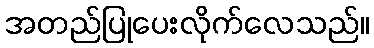
အတည်ပြုပေးလိုက်လေသည်။